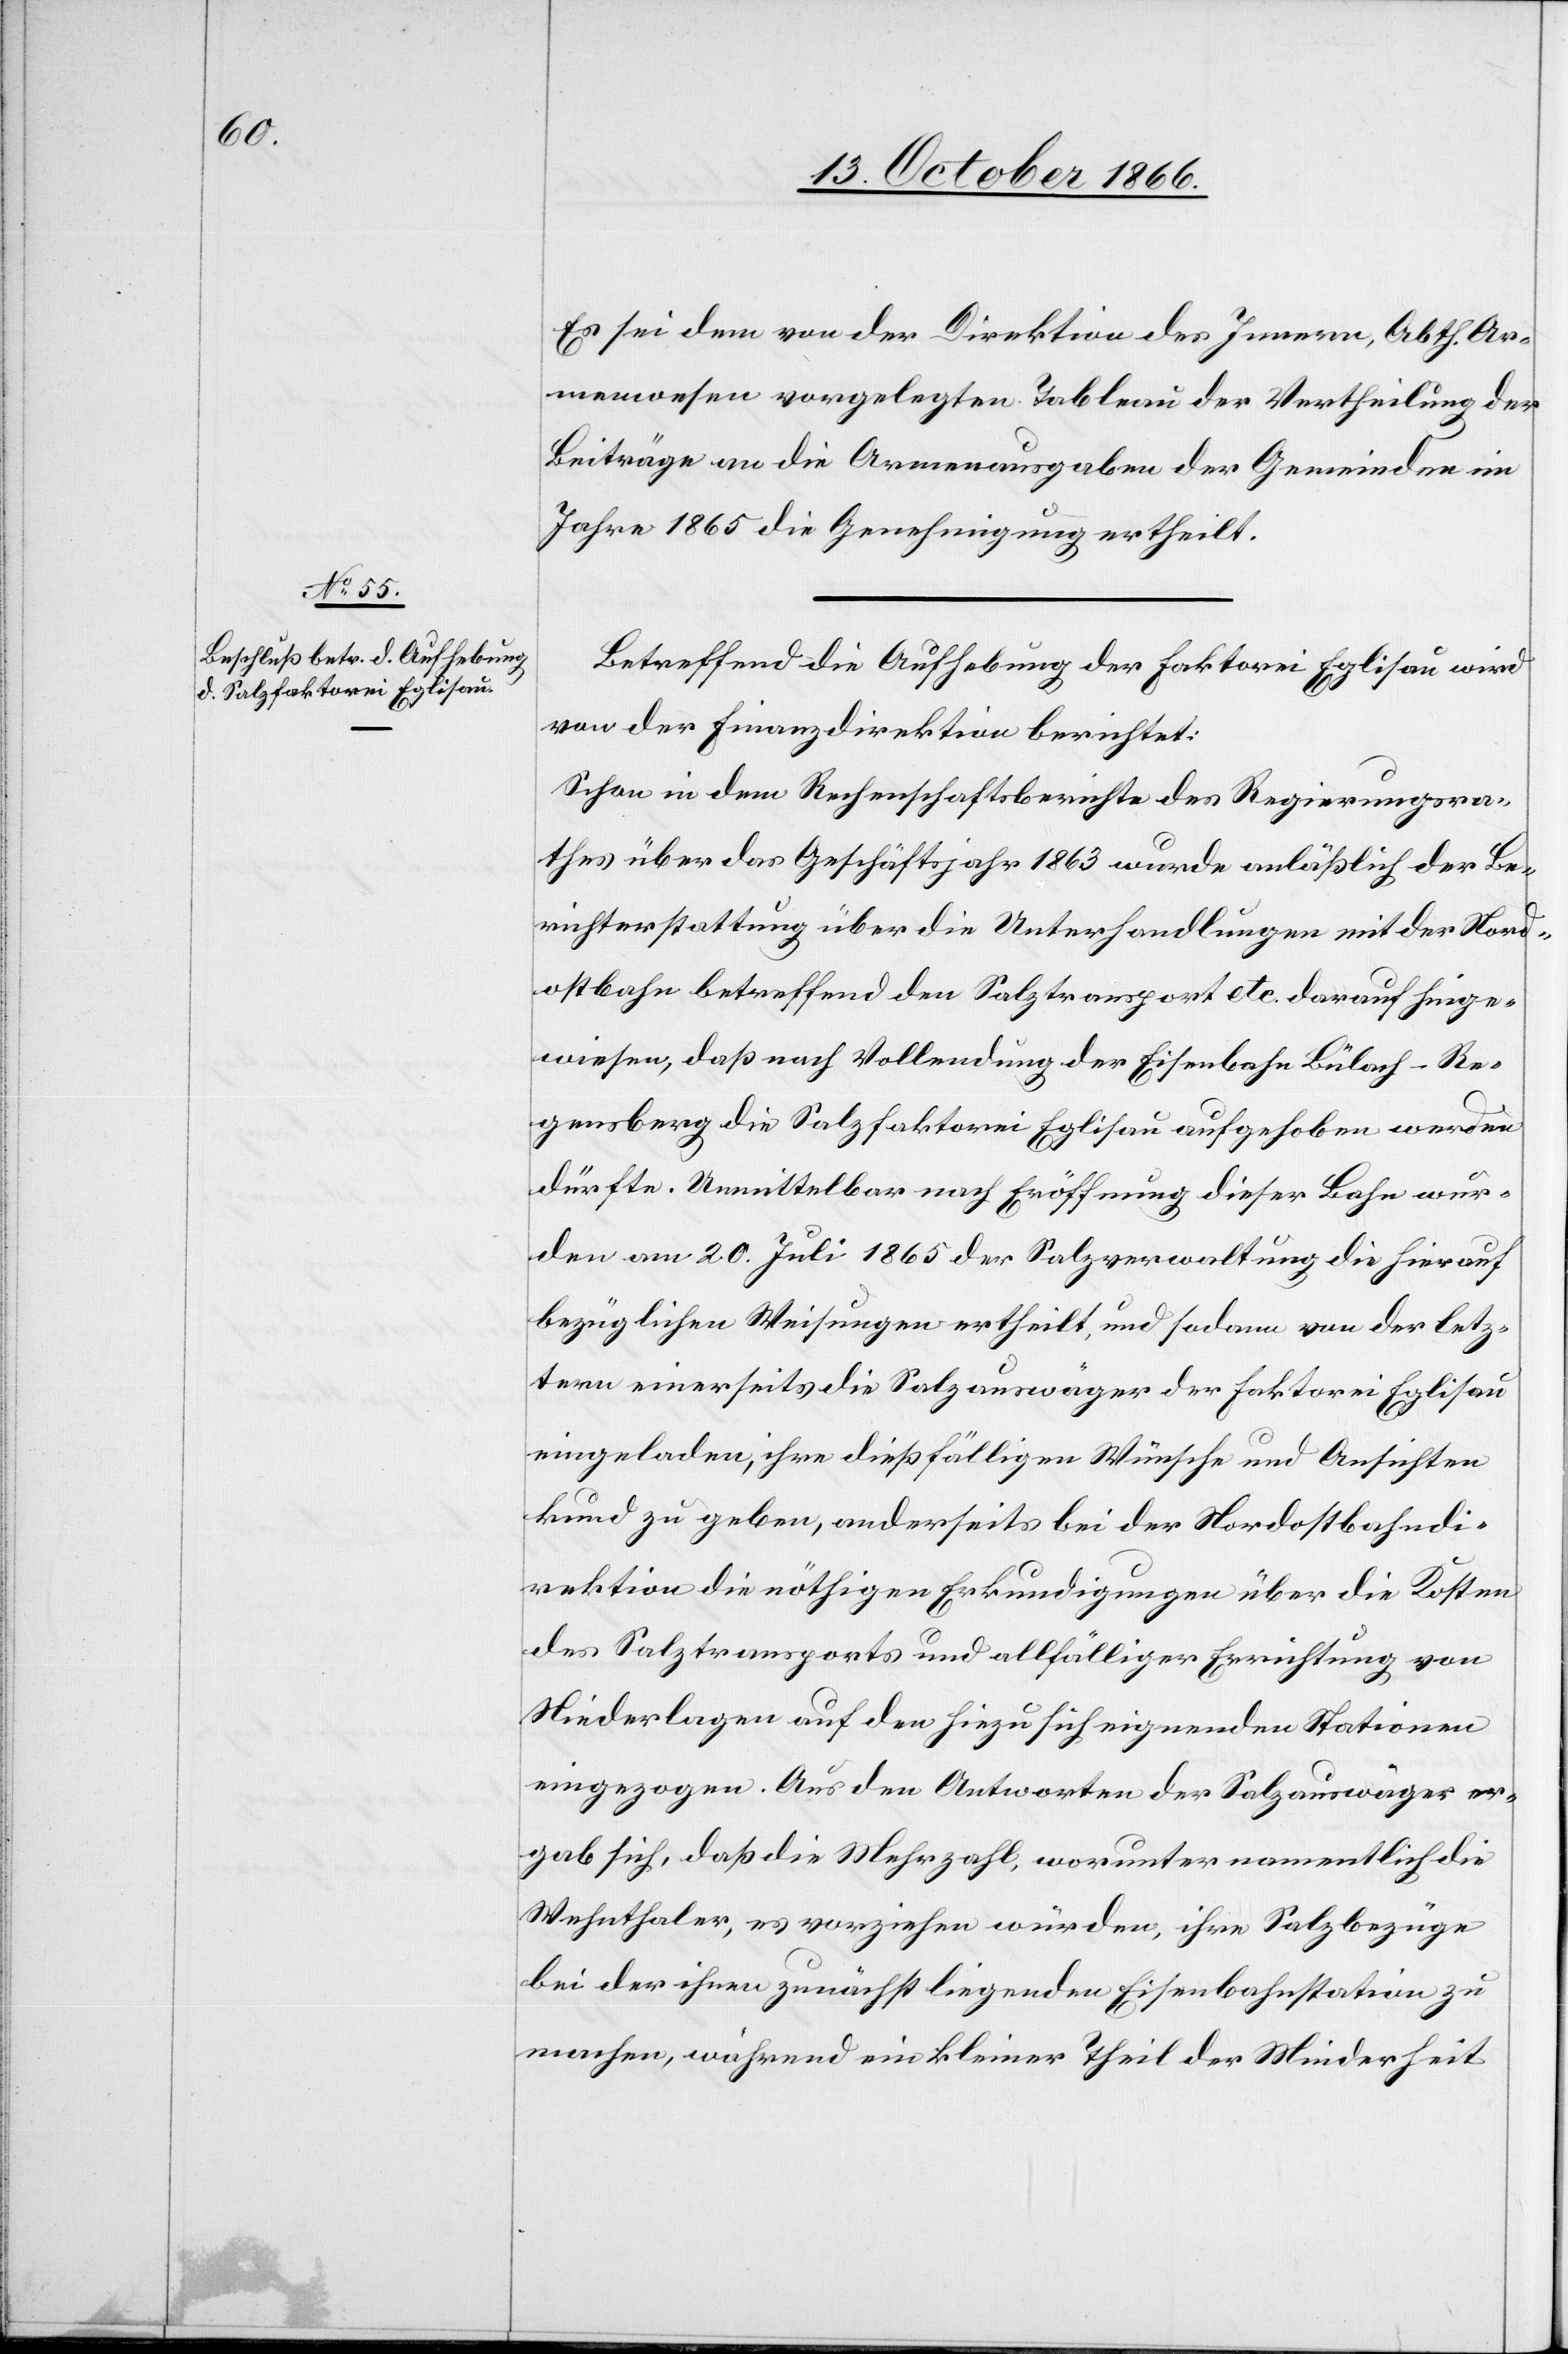
Es sei dem von der Direktion des Innern, Abth. Ar¬
menwesen vorgelegten Tableau der Vertheilung der
Beiträge an die Armenausgaben der Gemeinden im
Jahre 1865 die Genehmigung ertheilt.
Betreffend die Aufhebung der Faktorei Eglisau wird
von der Finanzdirektion berichtet:
Schon in dem Rechenschaftsberichte des Regierungsra¬
thes über das Geschäftsjahr 1863 wurde anläßlich der Be¬
richterstattung über die Unterhandlungen mit der Nord¬
ostbahn betreffend den Salztransport etc. darauf hinge¬
wiesen, daß nach Vollendung der Eisenbahn Bülach–Re¬
gensberg die Salzfaktorei Eglisau aufgehoben werden
dürfte. Unmittelbar nach Eröffnung dieser Bahn wur¬
den am 20. Juli 1865 der Salzverwaltung die hierauf
bezüglichen Weisungen ertheilt, und sodann von der letz¬
tern einerseits die Salzauswäger der Faktorei Eglisau
eingeladen, ihre dießfälligen Wünsche und Ansichten
kund zu geben, anderseits bei der Nordostbahndi¬
rektion die nöthigen Erkundigungen über die Kosten
des Salztransports und allfälliger Errichtung von
Niederlagen auf den hiezu sich eignenden Stationen
eingezogen. Aus den Antworten der Salzauswäger er¬
gab sich, daß die Mehrzahl, worunter namentlich die
Wehnthaler, es vorziehen würden, ihre Salzbezüge
bei der ihnen zunächst liegenden Eisenbahnstation zu
machen, während ein kleiner Theil der Minderheit